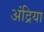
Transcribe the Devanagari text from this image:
अंद्रिया